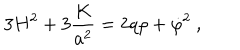
3 H ^ { 2 } + 3 { \frac { K } { a ^ { 2 } } } = 2 q \rho + \dot { \varphi } ^ { 2 } \ ,